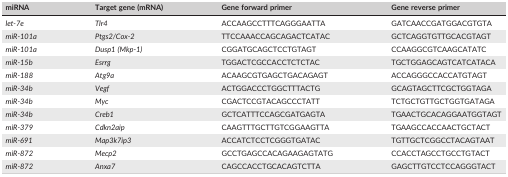
<table><thead><tr><td><b>miRNA</b></td><td><b>Target gene (mRNA)</b></td><td><b>Gene forward primer</b></td><td><b>Gene reverse primer</b></td></tr></thead><tbody><tr><td><i>let‐7e</i></td><td><i>Tlr4</i></td><td>ACCAAGCCTTTCAGGGAATTA</td><td>GATCAACCGATGGACGTGTA</td></tr><tr><td><i>miR‐101a</i></td><td><i>Ptgs2/Cox‐2</i></td><td>TTCCAAACCAGCAGACTCATAC</td><td>GCTCAGGTGTTGCACGTAGT</td></tr><tr><td><i>miR‐101a</i></td><td><i>Dusp1 (Mkp‐1)</i></td><td>CGGATGCAGCTCCTGTAGT</td><td>CCAAGGCGTCAAGCATATC</td></tr><tr><td><i>miR‐15b</i></td><td><i>Esrrg</i></td><td>TGGACTCGCCACCTCTCTAC</td><td>TGCTGGAGCAGTCATCATACA</td></tr><tr><td><i>miR‐188</i></td><td><i>Atg9a</i></td><td>ACAAGCGTGAGCTGACAGAGT</td><td>ACCAGGGCCACCATGTAGT</td></tr><tr><td><i>miR‐34b</i></td><td><i>Vegf</i></td><td>ACTGGACCCTGGCTTTACTG</td><td>GCAGTAGCTTCGCTGGTAGA</td></tr><tr><td><i>miR‐34b</i></td><td><i>Myc</i></td><td>CGACTCCGTACAGCCCTATT</td><td>TCTGCTGTTGCTGGTGATAGA</td></tr><tr><td><i>miR‐34b</i></td><td><i>Creb1</i></td><td>GCTCATTTCCAGCGATGAGTA</td><td>TGAACTGCACAGGAATGGTAGT</td></tr><tr><td><i>miR‐379</i></td><td><i>Cdkn2aip</i></td><td>CAAGTTTGCTTGTCGGAAGTTA</td><td>TGAAGCCACCAACTGCTACT</td></tr><tr><td><i>miR‐691</i></td><td><i>Map3k7ip3</i></td><td>ACCATCTCCTCGGGTGATAC</td><td>TGTTGCTCGGCCTACAGTAAT</td></tr><tr><td><i>miR‐872</i></td><td><i>Mecp2</i></td><td>GCCTGAGCCACAGAAGAGTATG</td><td>CCACCTAGCCTGCCTGTACT</td></tr><tr><td><i>miR‐872</i></td><td><i>Anxa7</i></td><td>CAGCCACCTGCACAGTCTTA</td><td>GAGCTTGTCCTCCAGGGTACT</td></tr></tbody></table>